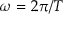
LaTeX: \omega = 2 \pi / T